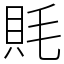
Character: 㲘